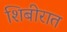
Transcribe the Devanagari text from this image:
शिबीरात